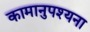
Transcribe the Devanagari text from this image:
कामानुपश्यना